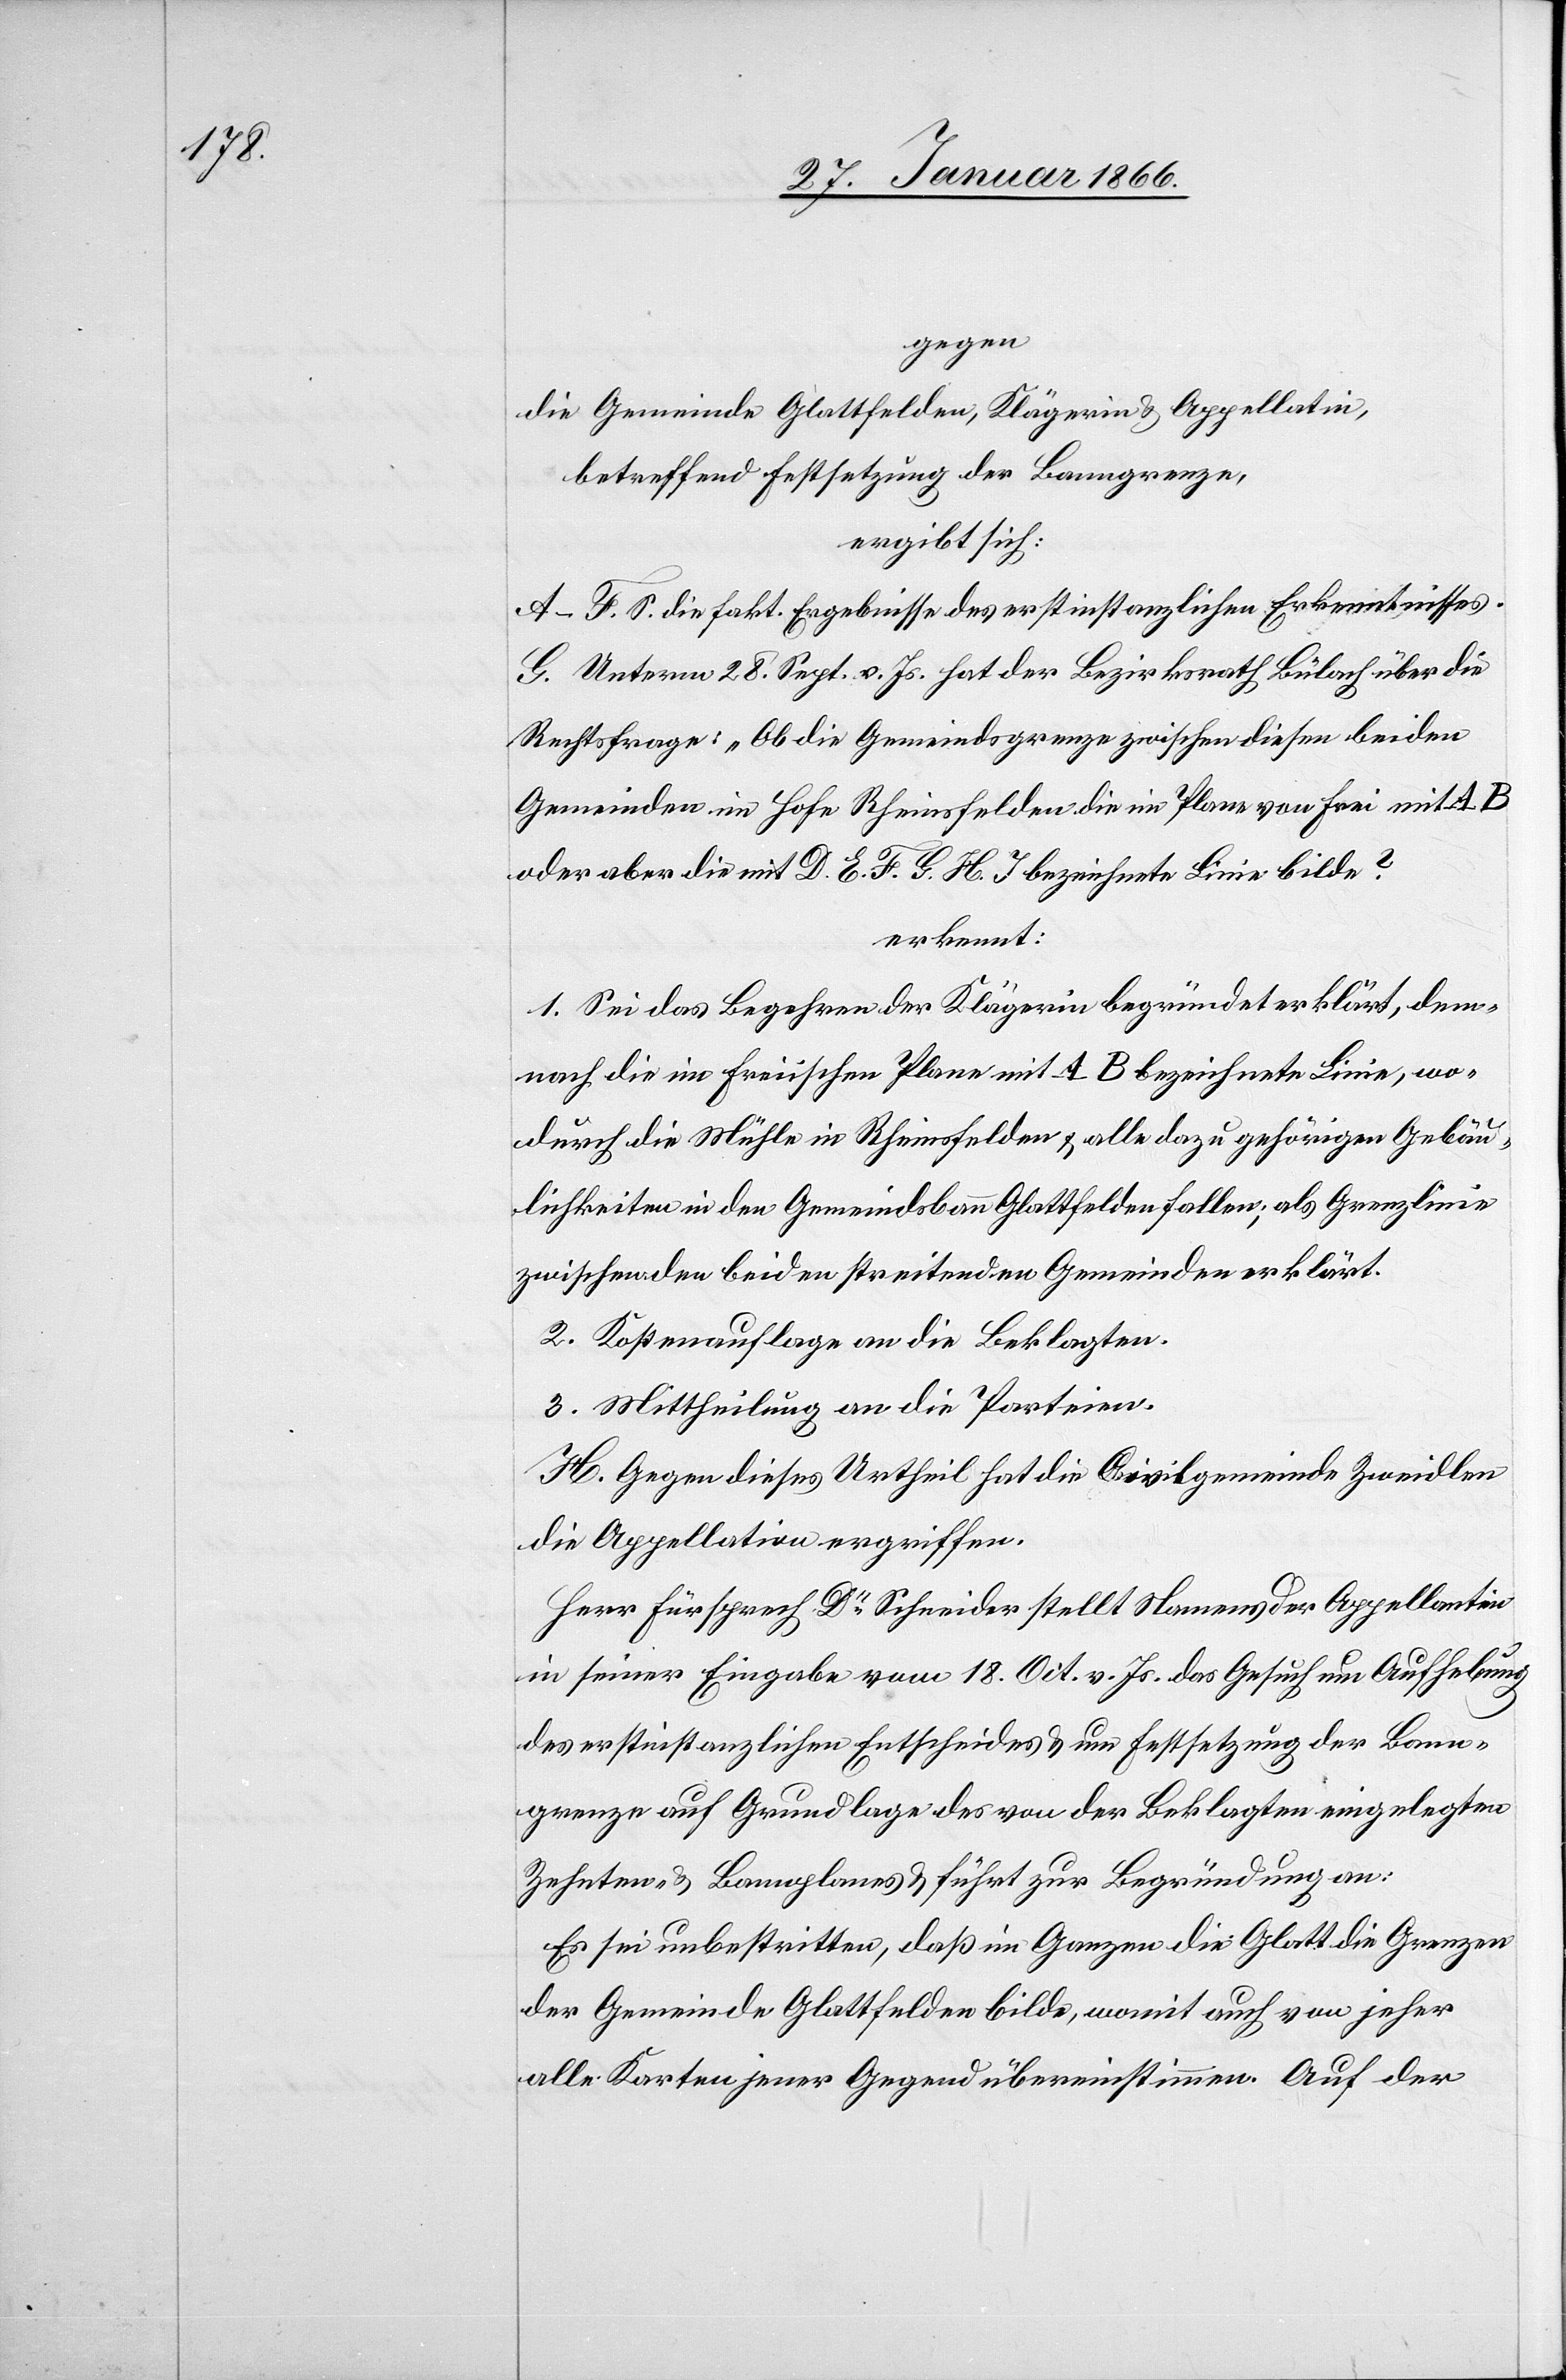
gegen
die Gemeinde Glattfelden, Klägerin u. Appellantin,
betreffend Festsetzung der Banngrenze,
ergibt sich:
A–F. S. die fakt. Ergebnisse des erstinstanzlichen Erkenntnisses.
G. Unterm 28. Sept. v. Js. hat der Bezirksrath Bülach über die
Rechtsfrage: „Ob die Gemeindsgrenzen zwischen diesen beiden
Gemeinden im Hofe Rheinsfelden die im Plan von Frei mit A. B
oder die mit D. E. F. G. H. J bezeichnete Linie bilde?“
erkennt:
1. Sei das Begehren der Klägerin begründet erklärt, dem¬
nach die im freiischen Plane mit A B bezeichnete Linie, wo¬
durch die Mühle in Rheinsfelden u. alle dazu gehörigen Gebäu¬
lichkeiten in den Gemeindsbann Glattfelden fallen, als Grenzlinie
zwischen den beiden streitenden Gemeinden erklärt.
2. Kostenauflage an die Beklagten.
3. Mittheilung an die Parteien.
H. Gegen dieses Urtheil hat die Civilgemeinde Zweidlen
die Appellation ergriffen.
Herr Fürsprech Dr. Schneider stellt Namens der Appellantin
in seiner Eingabe vom 18. Oct. v. Js. das Gesuch um Aufhebung
des erstinstanzlichen Entscheides u. um Festsetzung der Bann¬
grenze auf Grundlage des von der Beklagten eingelegten
Zehnten- u. Bannplanes u. führt zur Begründung an:
Es sei unbestritten, daß im Ganzen die Glatt die Grenzen
der Gemeinde Glattfelden bilde, womit auch von jeher
alle Karten jener Gegend übereinstimmen. Auf der